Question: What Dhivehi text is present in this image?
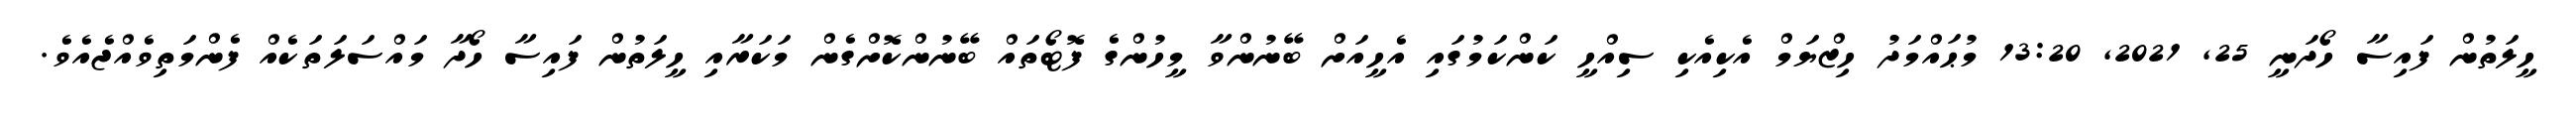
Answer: ހީލަތުން ފައިސާ ހޯދަނީ 25, 2021, 13:20 މުޙައްމަދު ހިޒްޔަމް އެކިއެކި ސިއްހީ ކަންކަމުގައި އެހީއަށް ބޭނުންވާ މީހުންގެ ފޮޓޯތައް ބޭނުންކޮށްގެން މަކަރާއި ހީލަތުން ފައިސާ ހޯދާ މައްސަލަތަކެއް ފެންމަތިވެއްޖެއެވެ.